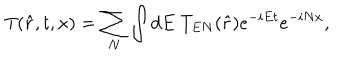
LaTeX: T ( \hat { r } , t , x ) = \sum _ { N } \int d E \; T _ { E N } ( \hat { r } ) e ^ { - i E t } e ^ { - i N x } ,